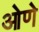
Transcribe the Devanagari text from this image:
ओणे